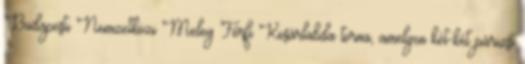
Budapesti Nemzetközi Meleg Férfi Kosárlabda torna, amelyen két-két párizsi